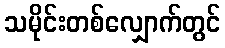
သမိုင်းတစ်လျှောက်တွင်